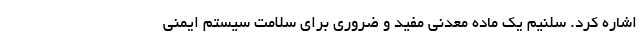
اشاره کرد. سلنیم یک ماده معدنی مفید و ضروری برای سلامت سیستم ایمنی